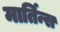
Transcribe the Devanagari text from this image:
मार्तिन्स